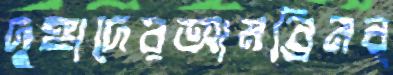
দুঙ্গাদেরআমব্রিনব্